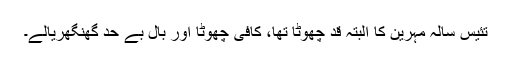
تئیس سالہ مہرین کا البتہ قد چھوٹا تھا، کافی چھوٹا اور بال بے حد گھنگھریالے۔